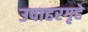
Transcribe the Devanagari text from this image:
उपाहरगृहे